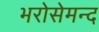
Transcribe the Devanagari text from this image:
भरोसेमन्द